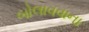
બોલાવવાના